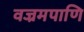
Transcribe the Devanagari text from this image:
वज्रमपाणि